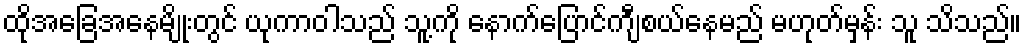
ထိုအခြေအနေမျိုးတွင် ယုကာဝါသည် သူ့ကို နောက်ပြောင်ကျီစယ်နေမည် မဟုတ်မှန်း သူ သိသည်။